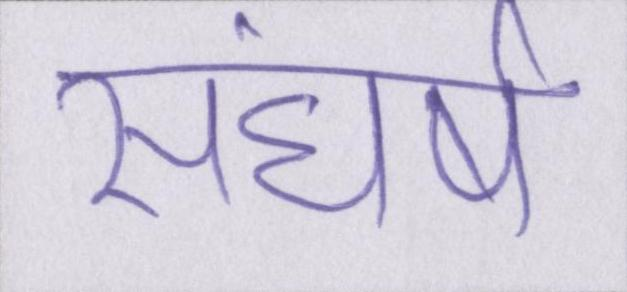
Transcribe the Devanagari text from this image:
संघर्ष